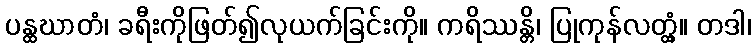
ပန္ထဃာတံ၊ ခရီးကိုဖြတ်၍လုယက်ခြင်းကို။ ကရိဿန္တိ၊ ပြုကုန်လတ္တံ့။ တဒါ၊